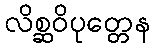
လိစ္ဆဝိပုတ္တေန